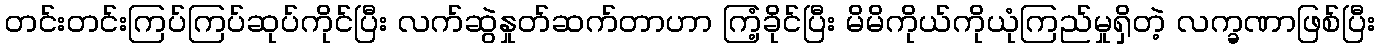
တင်းတင်းကြပ်ကြပ်ဆုပ်ကိုင်ပြီး လက်ဆွဲနှုတ်ဆက်တာဟာ ကြံ့ခိုင်ပြီး မိမိကိုယ်ကိုယုံကြည်မှုရှိတဲ့ လက္ခဏာဖြစ်ပြီး